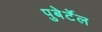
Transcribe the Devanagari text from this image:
पुबेर्टेल